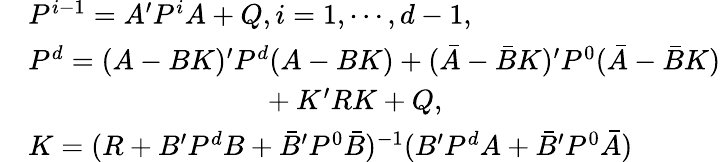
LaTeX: \begin{array}{rl}&{P^{i-1}=A^{\prime}P^{i}A+Q,i=1,\cdots,d-1,}\\ &{P^{d}=(A-BK)^{\prime}P^{d}(A-BK)+(\bar{A}-\bar{B}K)^{\prime}P^{0}(\bar{A}-\bar{B}K)}\\ &{~~~~~~~~~~~~~~~~~~~~~~~~~~~~~~~~~+K^{\prime}RK+Q,}\\ &{K=(R+B^{\prime}P^{d}B+\bar{B}^{\prime}P^{0}\bar{B})^{-1}(B^{\prime}P^{d}A+\bar{B}^{\prime}P^{0}\bar{A})}\end{array}